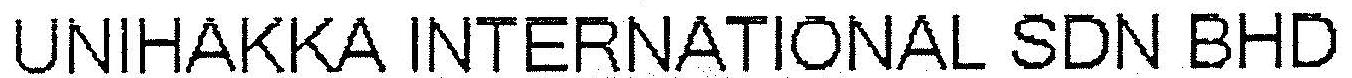
UNIHAKKA INTERNATIONAL SDN BHD